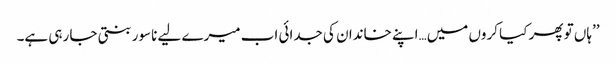
’’ہاں تو پھر کیا کروں میں…اپنے خاندان کی جدائی اب میرے لیے ناسور بنتی جا رہی ہے۔